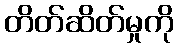
တိတ်ဆိတ်မှုကို